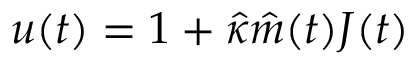
u ( t ) = 1 + \hat { \kappa } \hat { m } ( t ) J ( t )